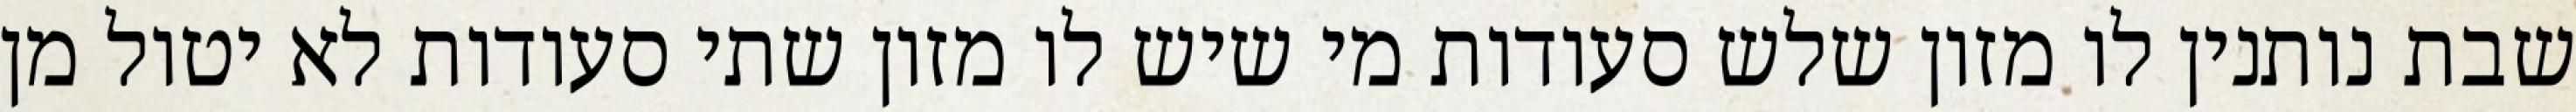
שבת נותנין לו מזון שלש סעודות מי שיש לו מזון שתי סעודות לא יטול מן